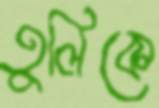
তুলিকে